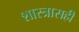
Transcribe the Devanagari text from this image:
शास्त्रासही